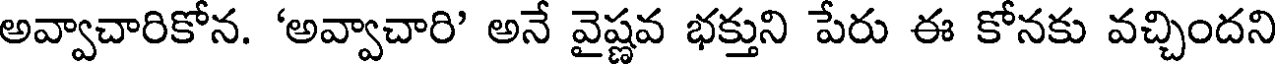
అవ్వాచారికోన. 'అవ్వాచారి' అనే వైష్ణవ భక్తుని పేరు ఈ కోనకు వచ్చిందని